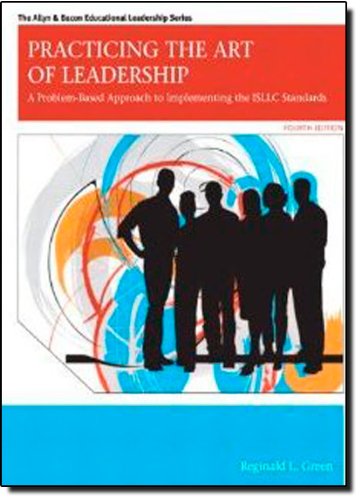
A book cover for Practicing the Art of Leadership: A Problem-Based Approach to Implementing the ISLLC Standards (4th Edition) (Allyn & Bacon Educational Leadership); Reginald Leon Green; Education & Teaching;